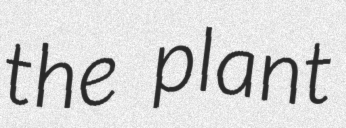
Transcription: the plant